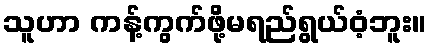
သူဟာ ကန့်ကွက်ဖို့မရည်ရွယ်ဝံ့ဘူး။